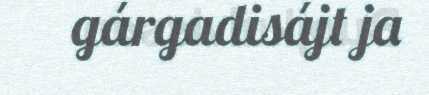
gárgadisájt ja